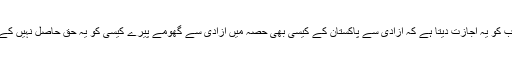
آئین پاکستان سب کو یہ اجازت دیتا ہے کہ آزادی سے پاکستان کے کیسی بھی حصہ میں آزادی سے گھومے پیرے کیسی کو یہ حق حاصل نہیں کے بکواس کرے۔